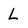
Character: L